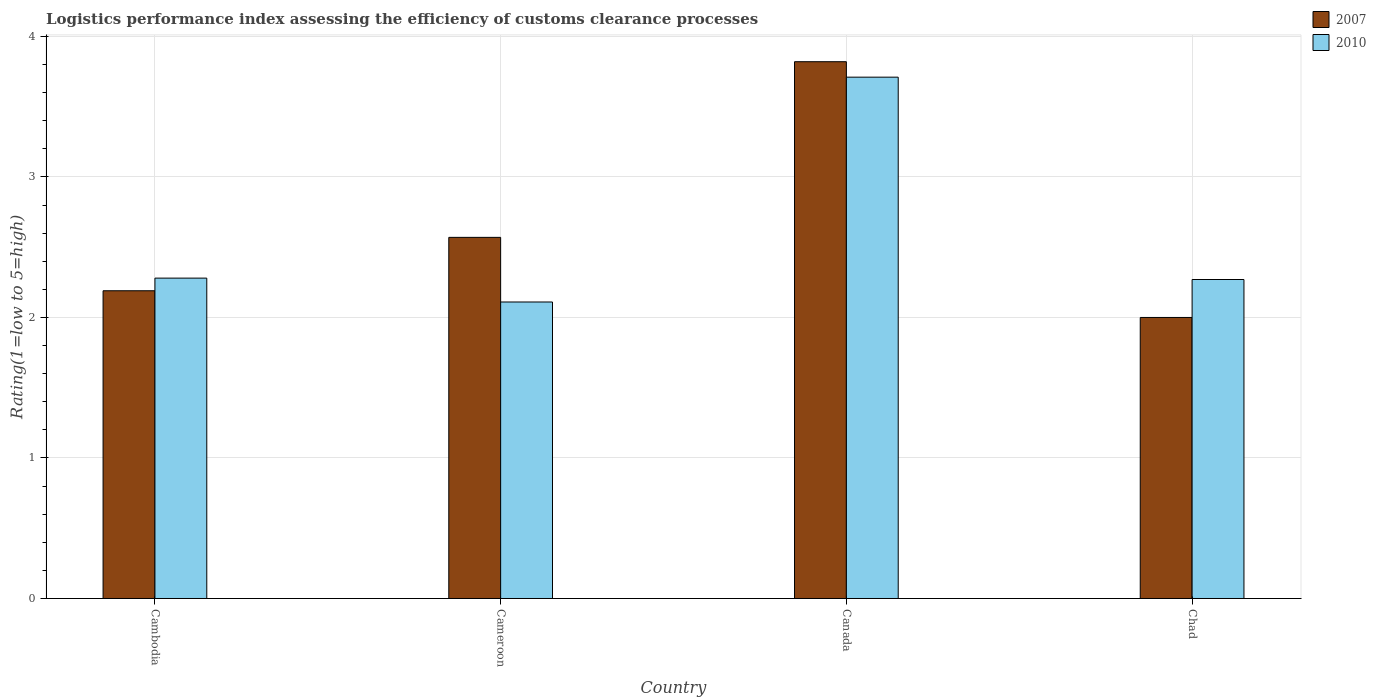
| Country | 2007 | 2010 |
 | --- | --- | --- |
 | Cambodia | 2.19 | 2.28 |
 | Cameroon | 2.57 | 2.11 |
 | Canada | 3.82 | 3.71 |
 | Chad | 2 | 2.27 |